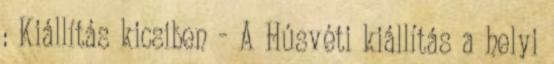
: Kiállítás kicsiben - A Húsvéti kiállítás a helyi